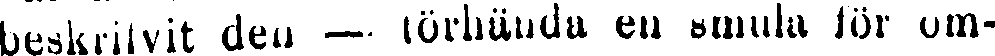
beskrifvit den — förhända en smula för om-